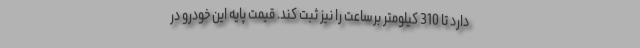
دارد تا 310 کیلومتر برساعت را نیز ثبت کند. قیمت پایه این خودرو در